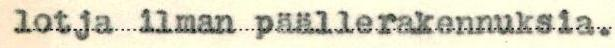
lotja ilman päällerakennuksia.